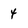
Character: 4